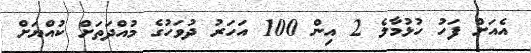
އެއަށް ފަހު ހުޅުމާލެ 2 އިން 100 އަހަރު ދުވަހުގެ މުއްދަތަށް ކުއްޔަށް